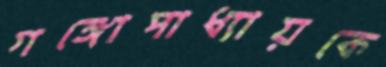
গঙ্গোপাধ্যায়কে